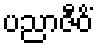
ပညာဇီဝိံ